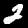
Label: 2